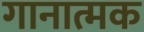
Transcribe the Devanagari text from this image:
गानात्मक